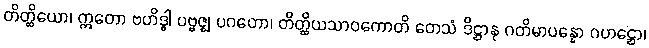
တိတ္ထိယော၊ ဣတော ဗဟိဒ္ဓါ ပဗ္ဗဇ္ဈ ပဂတော၊ တိတ္ထိယသာဝကောတိ တေသံ ဒိဋ္ဌာနု ဂတိမာပန္နော ဂဟဋ္ဌော၊